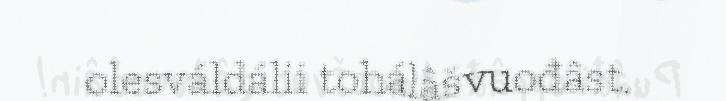
olesváldálii tohálâšvuođâst.